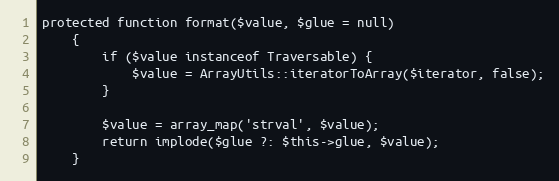
Language: PHP
protected function format($value, $glue = null)
    {
        if ($value instanceof Traversable) {
            $value = ArrayUtils::iteratorToArray($iterator, false);
        }

        $value = array_map('strval', $value);
        return implode($glue ?: $this->glue, $value);
    }